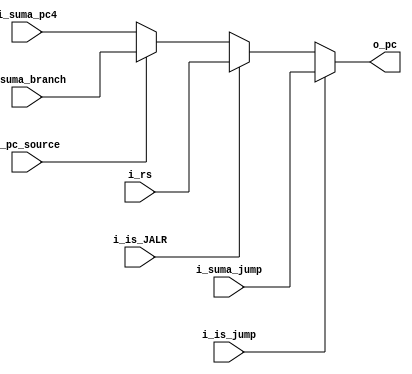
`timescale 1ns / 1ps

module mux_pc
    #(
        parameter SIZE_ADDR_PC  =  32
    )
    (
        input   wire                            i_is_jump,
        input   wire                            i_is_JALR,
        input   wire    [SIZE_ADDR_PC-1    :0]  i_rs,
        input   wire                            i_pc_source,
        input   wire    [SIZE_ADDR_PC-1    :0]  i_suma_branch,
        input   wire    [SIZE_ADDR_PC-1    :0]  i_suma_pc4,        
        input   wire    [SIZE_ADDR_PC-1    :0]  i_suma_jump,
        output  wire    [SIZE_ADDR_PC-1    :0]  o_pc          
    );
    
    reg [SIZE_ADDR_PC-1    :0]  reg_pc;
   
    always @(*)
    begin
        if(i_is_jump)
            reg_pc <=  i_suma_jump;
        else if (i_is_JALR)
            reg_pc <=  i_rs;
        else if(i_pc_source)
            reg_pc <=  i_suma_branch;
        else
            reg_pc <=  i_suma_pc4;  
    end

    assign o_pc = reg_pc;

endmodule